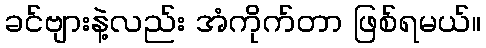
ခင်ဗျားနဲ့လည်း အံကိုက်တာ ဖြစ်ရမယ်။